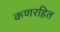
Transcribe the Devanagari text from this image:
कणरहित